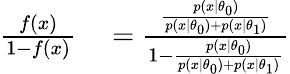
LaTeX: \begin{array}{rl}{\frac{f(x)}{1-f(x)}}&{{}=\frac{\frac{p(x\mid\theta_{0})}{p(x\mid\theta_{0})+p(x\mid\theta_{1})}}{1-\frac{p(x\mid\theta_{0})}{p(x\mid\theta_{0})+p(x\mid\theta_{1})}}}\end{array}